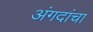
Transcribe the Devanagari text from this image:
अंगदांचा